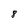
Character: 8